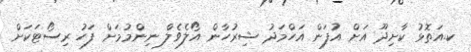
ކ.އަތޮޅު ކާށިދޫ އަށް އުފަން އަހްމަދު ޝިރުހާން އޯލެވެލް ނިންމުމަށް ފަހު ރިސޯޓަކަށް